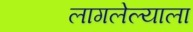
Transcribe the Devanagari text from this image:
लागलेल्याला